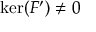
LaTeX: \ker ( F ^ { \prime } ) \neq 0